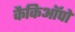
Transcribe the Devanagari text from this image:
कैकिऑपो